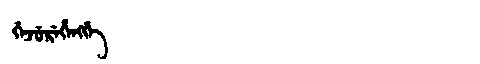
Manchu: ᡤᡝᠵᡠᡵᡝᡥᡝᠩᡤᡝ
Romanization: GEJUREHENGGE